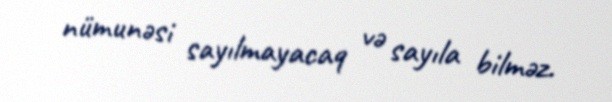
nümunəsi sayılmayacaq və sayıla bilməz.